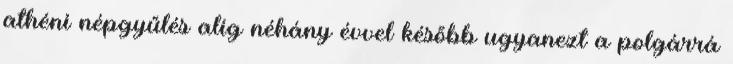
athéni népgyűlés alig néhány évvel később ugyanezt a polgárrá